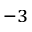
^ { - 3 }